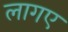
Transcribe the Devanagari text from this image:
लागए